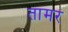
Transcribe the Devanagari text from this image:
तामर